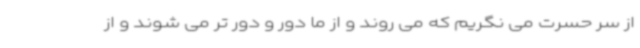
از سر حسرت می نگریم که می روند و از ما دور و دور تر می شوند و از